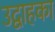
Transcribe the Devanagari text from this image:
उद्वाहका